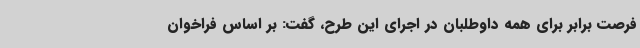
فرصت برابر برای همه داوطلبان در اجرای این طرح، گفت: بر اساس فراخوان